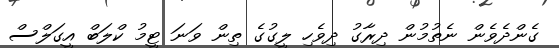
ގެންދެވެން ނެތުމުން ދިރާގު ދިވެހި ލީގުގެ ތިން ވަނަ ޓީމު ކްލަބް އީގަލްސް